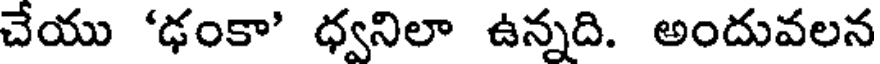
చేయు 'ఢంకా' ధ్వనిలా ఉన్నది. అందువలన